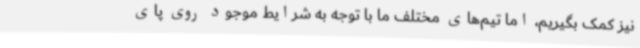
نیز کمک بگیریم، اما تیم‌های مختلف ما با توجه به شرایط موجود روی پای